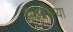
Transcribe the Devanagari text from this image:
चढवील्या